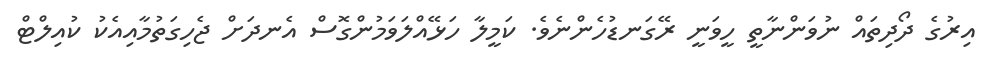
އިރުގެ ދޯދިތައް ނުވަންނާތީ ހީވަނީ ރޭގަނޑުހެންނެވެ. ކަމީލާ ހަޅޭއްލަވަމުންގޮސް އެނދަށް ޖެހިގަތުމާއިއެކު ކުއިލްޓް